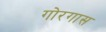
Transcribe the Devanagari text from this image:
गोरगास